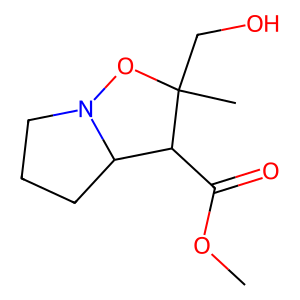
SMILES: COC(=O)C1C2CCCN2OC1(C)CO
Inhibits HIV replication: No